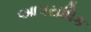
આપરાધિક